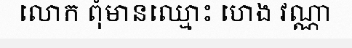
លោក ពុំមានឈ្មោះ ហេង វណ្ណា